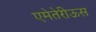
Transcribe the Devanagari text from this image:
एमेतेरीऊस